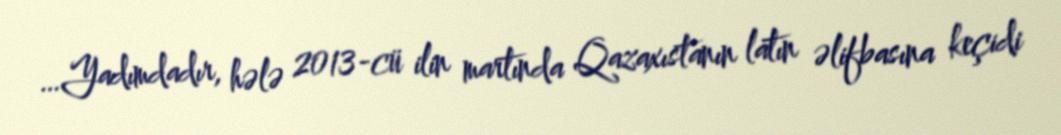
…Yadımdadır, hələ 2013-cü ilin martında Qazaxıstanın latın əlifbasına keçidi